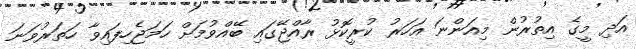
އަދި މީގެ އިތުރުން މިއަންނަ އަހަރު ކުރީކޮޅު ރާއްޖޭގައި ބޭއްވުމަށް ހަމަޖެހިފައިވާ ހަތަރުވަނަ